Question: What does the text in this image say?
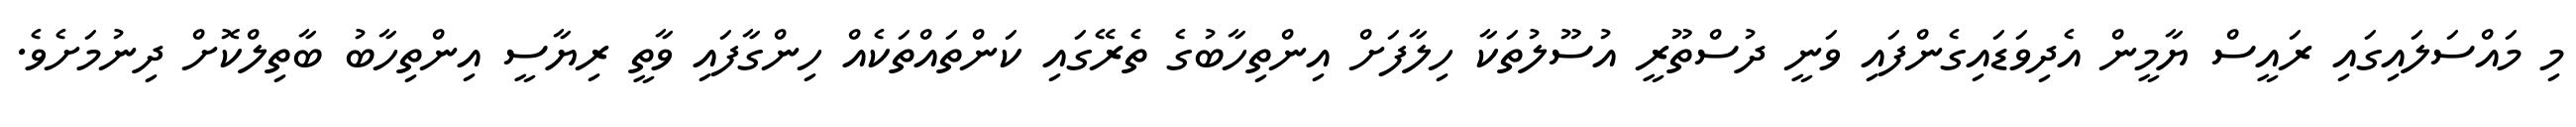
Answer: މި މައްސަލައިގައި ރައީސް ޔާމީން އެދިވަޑައިގެންފައި ވަނީ ދުސްތޫރީ އުސޫލުތަކާ ހިލާފަށް އިންތިހާބުގެ ތެރޭގައި ކަންތައްތަކެއް ހިންގާފައި ވާތީ ރިޔާސީ އިންތިހާބު ބާތިލްކޮށް ދިނުމަށެވެ.